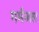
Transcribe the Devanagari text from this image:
गर्मजल